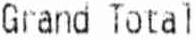
GRAND TOTAL